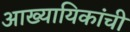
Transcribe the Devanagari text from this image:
आख्यायिकांची